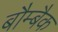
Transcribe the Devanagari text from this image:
बौम्बैक